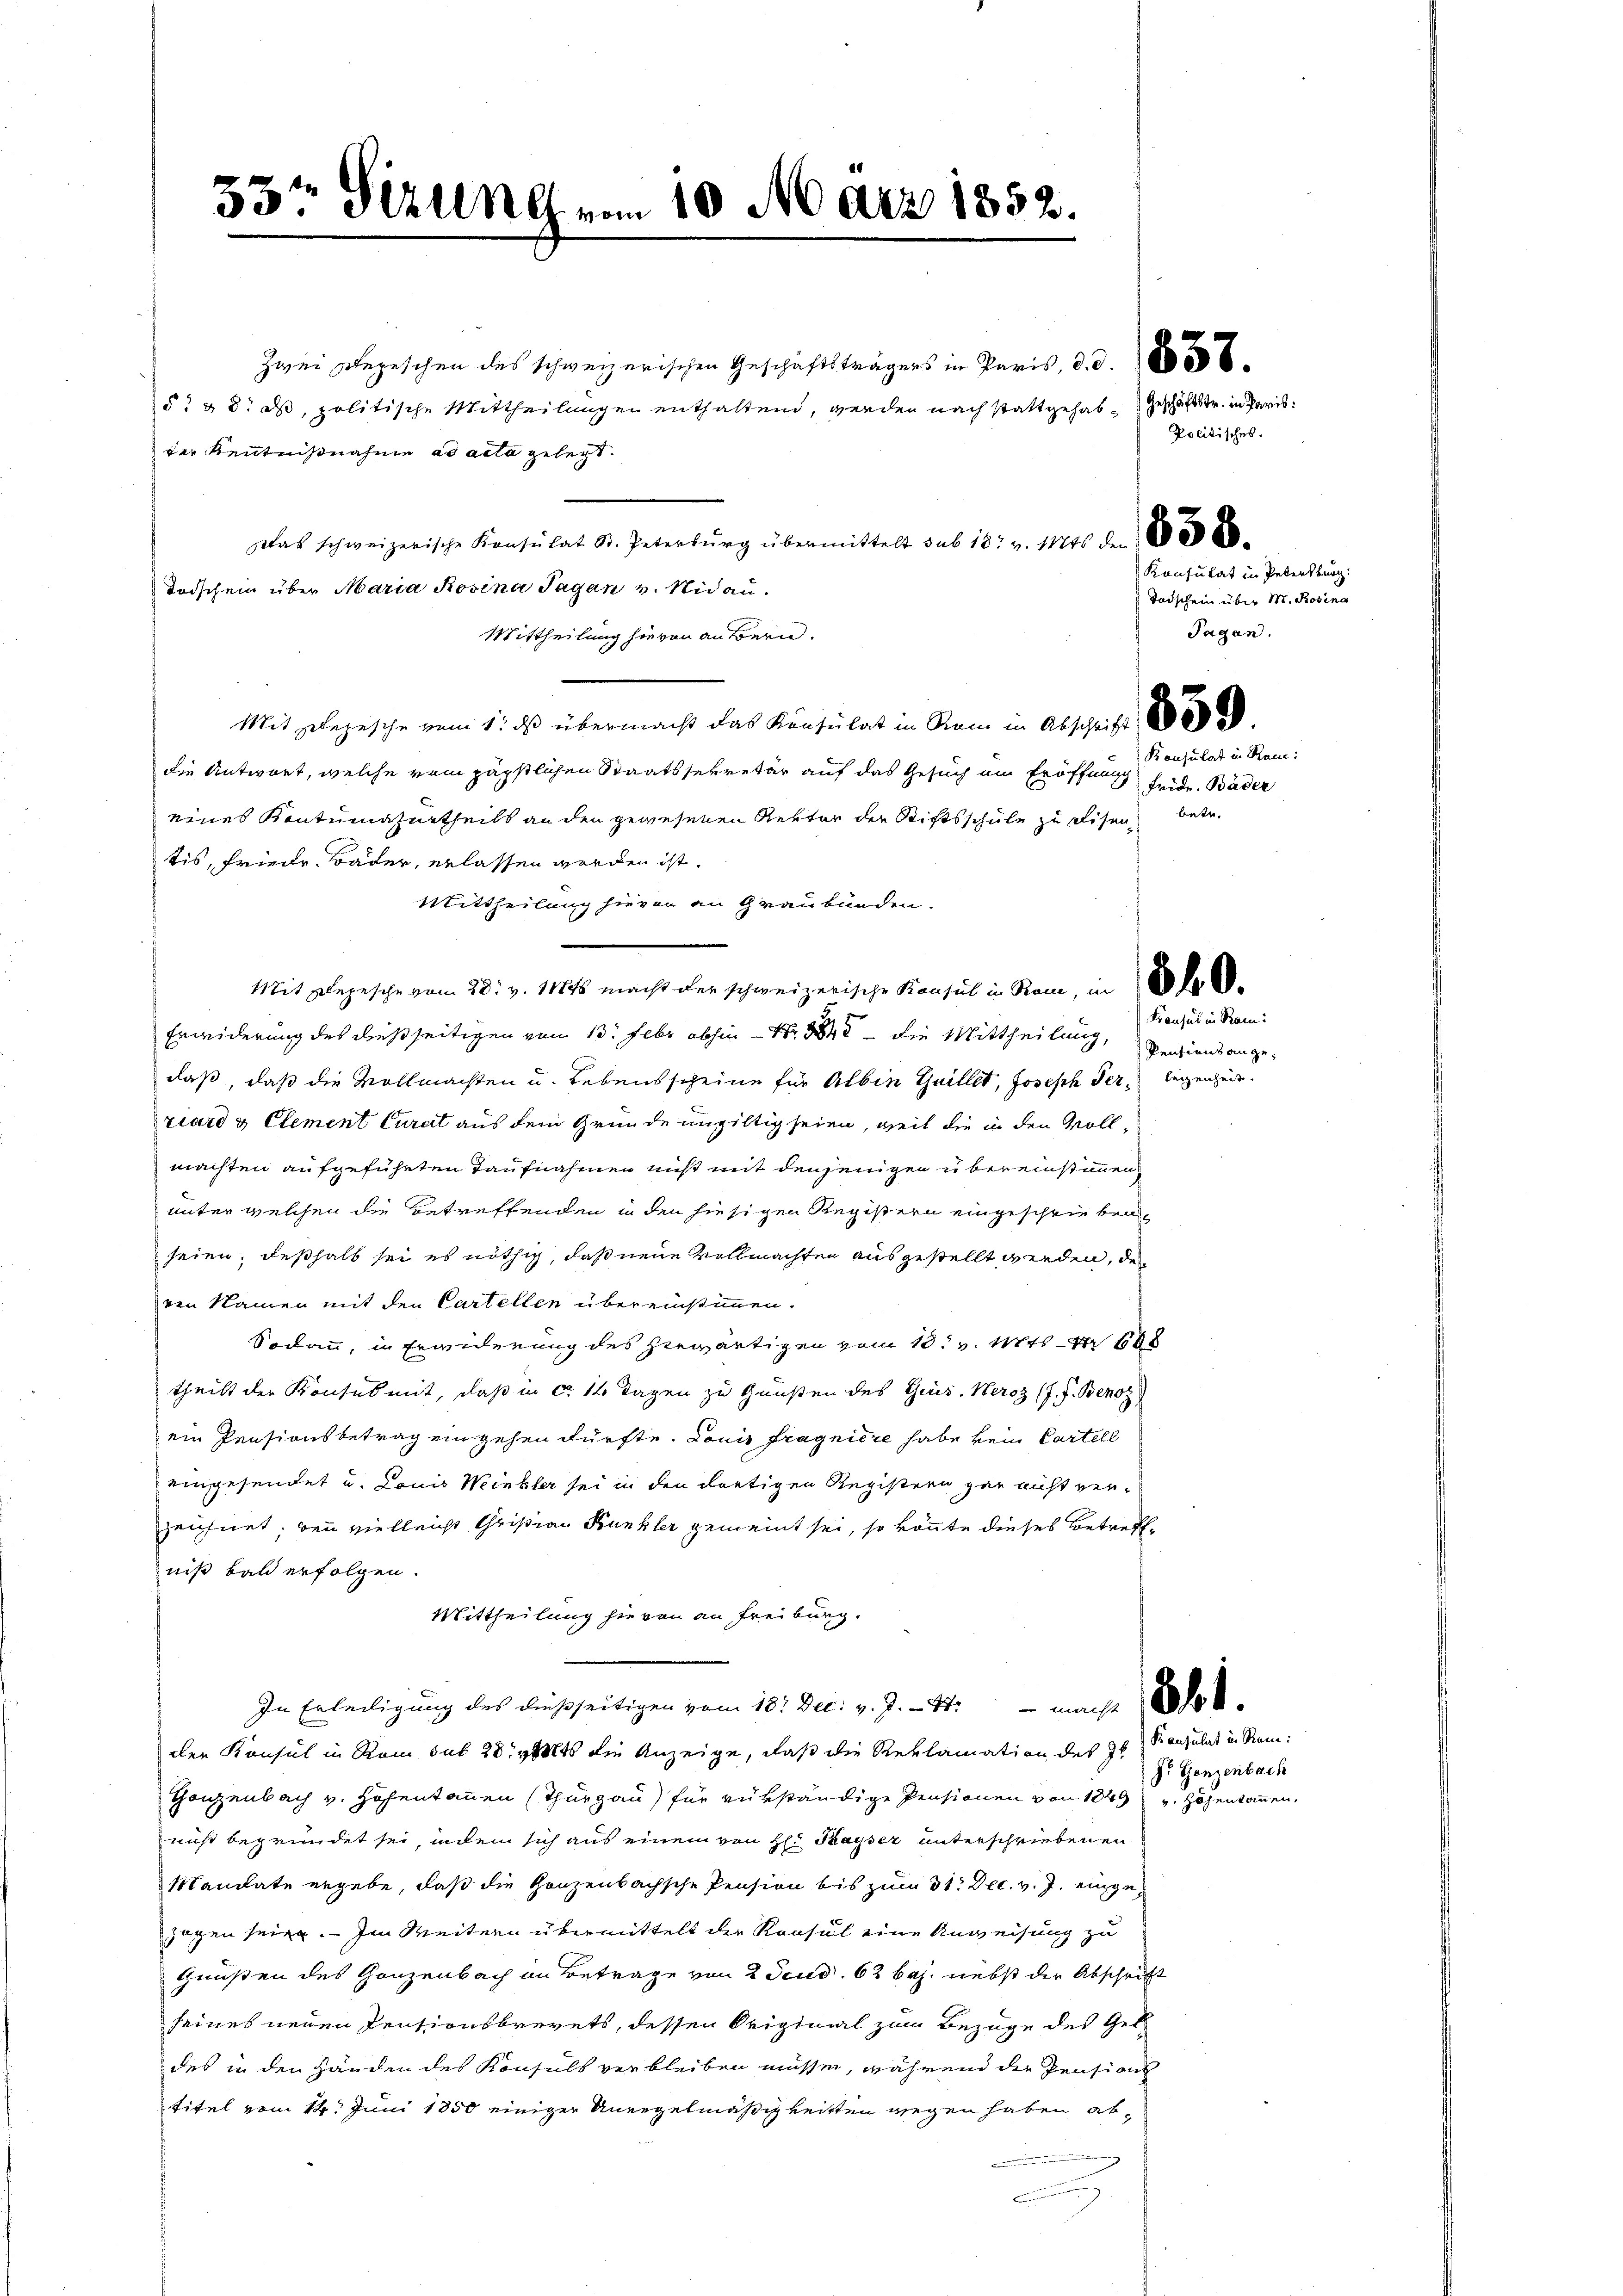
33t Setzung vom 10. März 1852.

Zwei Begeschen des schweizerischen Geschäftsträgers in Paris, d. d. 1856
52 & 8. ds, politische Mittheilungen enthaltend, werden nach stattgehab-Geschäftstr. in Parisder Kenntnißnahme ad acta gelegt.
Das schweizerische Konsulat St. Peterbŭrg übermittelt sub 18: v. 1146 den 28.
Todschein über Maria Rosina Tagan v. Nidau.
Mittheilung hievon außern.
Mit Depesche vom 1. ds übermacht das Konsulat in Ram in Abschrift
die Antwort, welche vom päpstlichen Staatssekretär auf das Gesuch ein Eröffnung
eines Kontumazurtheils an den gewesenen Rektor der Stiftsschule zu disen betr.
tis, Friede Bäder, erlassen worden ist.
Mittheilung hievon an Graubünden.
Mit Depesche vom 28. v. 11846 macht der schweizerische Konsul in Rom, in de
Erwiderung des dießseitigen vom 13. Febr abhin Nr. 1848 die Mittheilung,
daß, daß die Vollmachten u. Lebensscheine für Albin Guillet, Joseph der legenheit.
riard & Clement Curat aus dem Gründe ungültig seien, weil die in den Vollmachten aufgeführten Taufnahmen nicht mit denjenigen übereinstimmen
unter welchen die Betreffenden in den hiesigen Registern eingeschriebenseien; deßhalb sei es nöthig, daß neue Vollmachten ausgestellt werden, des
ren Namen mit den Cartellen übereinstimmen.
Sodann, in Erwiderung des herwärtigen vom 18t v. Mts 608
theilt der Konsul mit, daß in ca 14 Tagen zu Gunsten des Ges. Heroz (J. J. Benoz
ein Pensionsbetrag eingehen dürfte. Louis Fragniere habe kein Cartell
eingesendet u. Louis Weinkler sei in den dortigen Registern gar nicht verzeichnet; den vielleicht Christian Bunkler gemeint sei, so könnte dieses Betreffniß bald erfolgen.
Mittheilung hievon an Freiburg.
In Erteiligung des dießseitigen vom 18. Dec. v. J. - 4. macht de
der Konsul in Rom sub 28stets die Anzeige, daß die Reklamation des Hs. Kanzulat in Rein
Ganzenbach v. Hohentanen (Thurgau) für rükständige Pensionen von 1849 v. Höhenkommen,
nicht begründet sei, indem sich aus einem von H: Kayser unterschriebenen
Mandate ergebe, daß die Ganzenbachsche Pension bis zum 31. Dec. v. J. eingezogen seien. — Im Weitern übermittelt der Konsul eine Anweisung zu
Gnüßen des Ganzenbach in Betrage von 2 Scud. 62 baj. nebst der Abschrift
seines neuen Pensionsbrevets, dessen Original zum Bezüge des Gel
des in den Händen des Konsuls verbleiben müssen, während die Pensions
titel vom 14. Juni 1850 einiger Unregelmäßigkeitten wegen haben, ab¬

Politisches.
Konsulat in Petersburg.
Tadschein über M. Rosina
Tagan.

Konsulat in Ram:
Fride. Bäder

Konsul in Ram:

Pensions ange¬

D. Gonzenbach